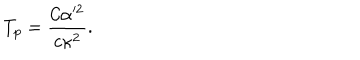
LaTeX: T _ { p } = { \frac { { \mathcal { C } } \alpha ^ { 2 } } { c \kappa ^ { 2 } } } .